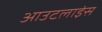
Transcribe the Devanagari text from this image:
आउटलाइंस